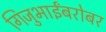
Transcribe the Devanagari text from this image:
गिजुभाईंबरोबर